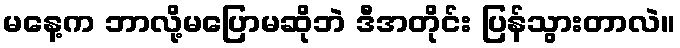
မနေ့က ဘာလို့မပြောမဆိုဘဲ ဒီအတိုင်း ပြန်သွားတာလဲ။